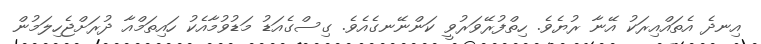
އިނދެ އެތައްއިރަކު އޭނާ ރުޔެވެ. ހިތްފުރޭވަރުވީ ކަންނޭނގެއެވެ. ގިސްގެއަޑު މަޑުވުމާއެކު ހައިތަމްއާ ދުރަށްޖެހިލަމުން